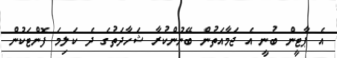
އެ ޕާޓީން ބުނީ އެ ޖަމާއަތުން ބޭނުންކުރާ ޝަހާދަތުގެ ދެ ކަލިމަ ފޮންޓަކުން